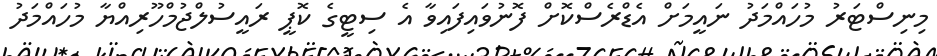
މިނިސްޓަރު މުހައްމަދު ނައީމަށް އެޑްރެސްކޮށް ފޮނުވައިފައިވާ އެ ސިޓީގެ ކޮޕީ ރައީސުލްޖުމްހޫރިއްޔާ މުހައްމަދު